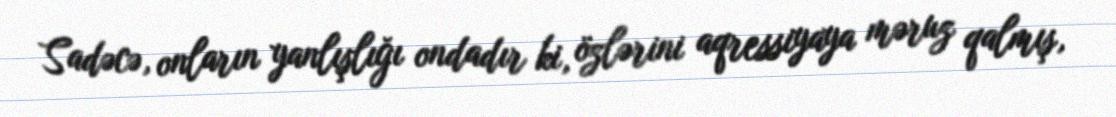
Sadəcə, onların yanlışlığı ondadır ki, özlərini aqressiyaya məruz qalmış,